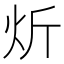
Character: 炘